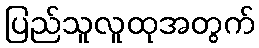
ပြည်သူလူထုအတွက်